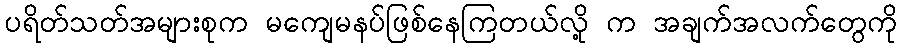
ပရိတ်သတ်အများစုက မကျေမနပ်ဖြစ်နေကြတယ်လို့ က အချက်အလက်တွေကို